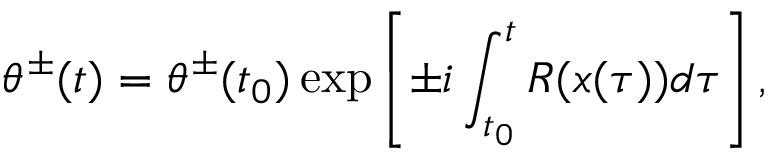
\theta ^ { \pm } ( t ) = \theta ^ { \pm } ( t _ { 0 } ) \exp \left[ \pm i \int _ { t _ { 0 } } ^ { t } R ( x ( \tau ) ) d \tau \right] ,